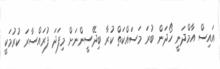
އައިސް އާމްދަނީ ހޯދަން ބުރަ މަސައްކަތް ކުރާ ބިދޭސީންނަށް މިފަދަ ފުރައްސާރަ ކުރުމަކީ